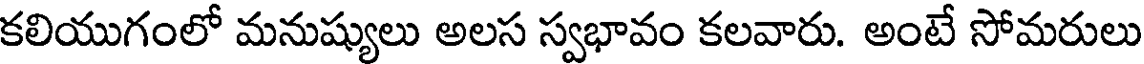
కలియుగంలో మనుష్యులు అలస స్వభావం కలవారు. అంటే సోమరులు